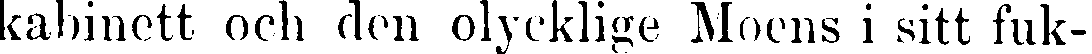
kabinett och den olycklige Moens i sitt fuk-